Vabadussoja_Ajaloo_Komitee, lk 69
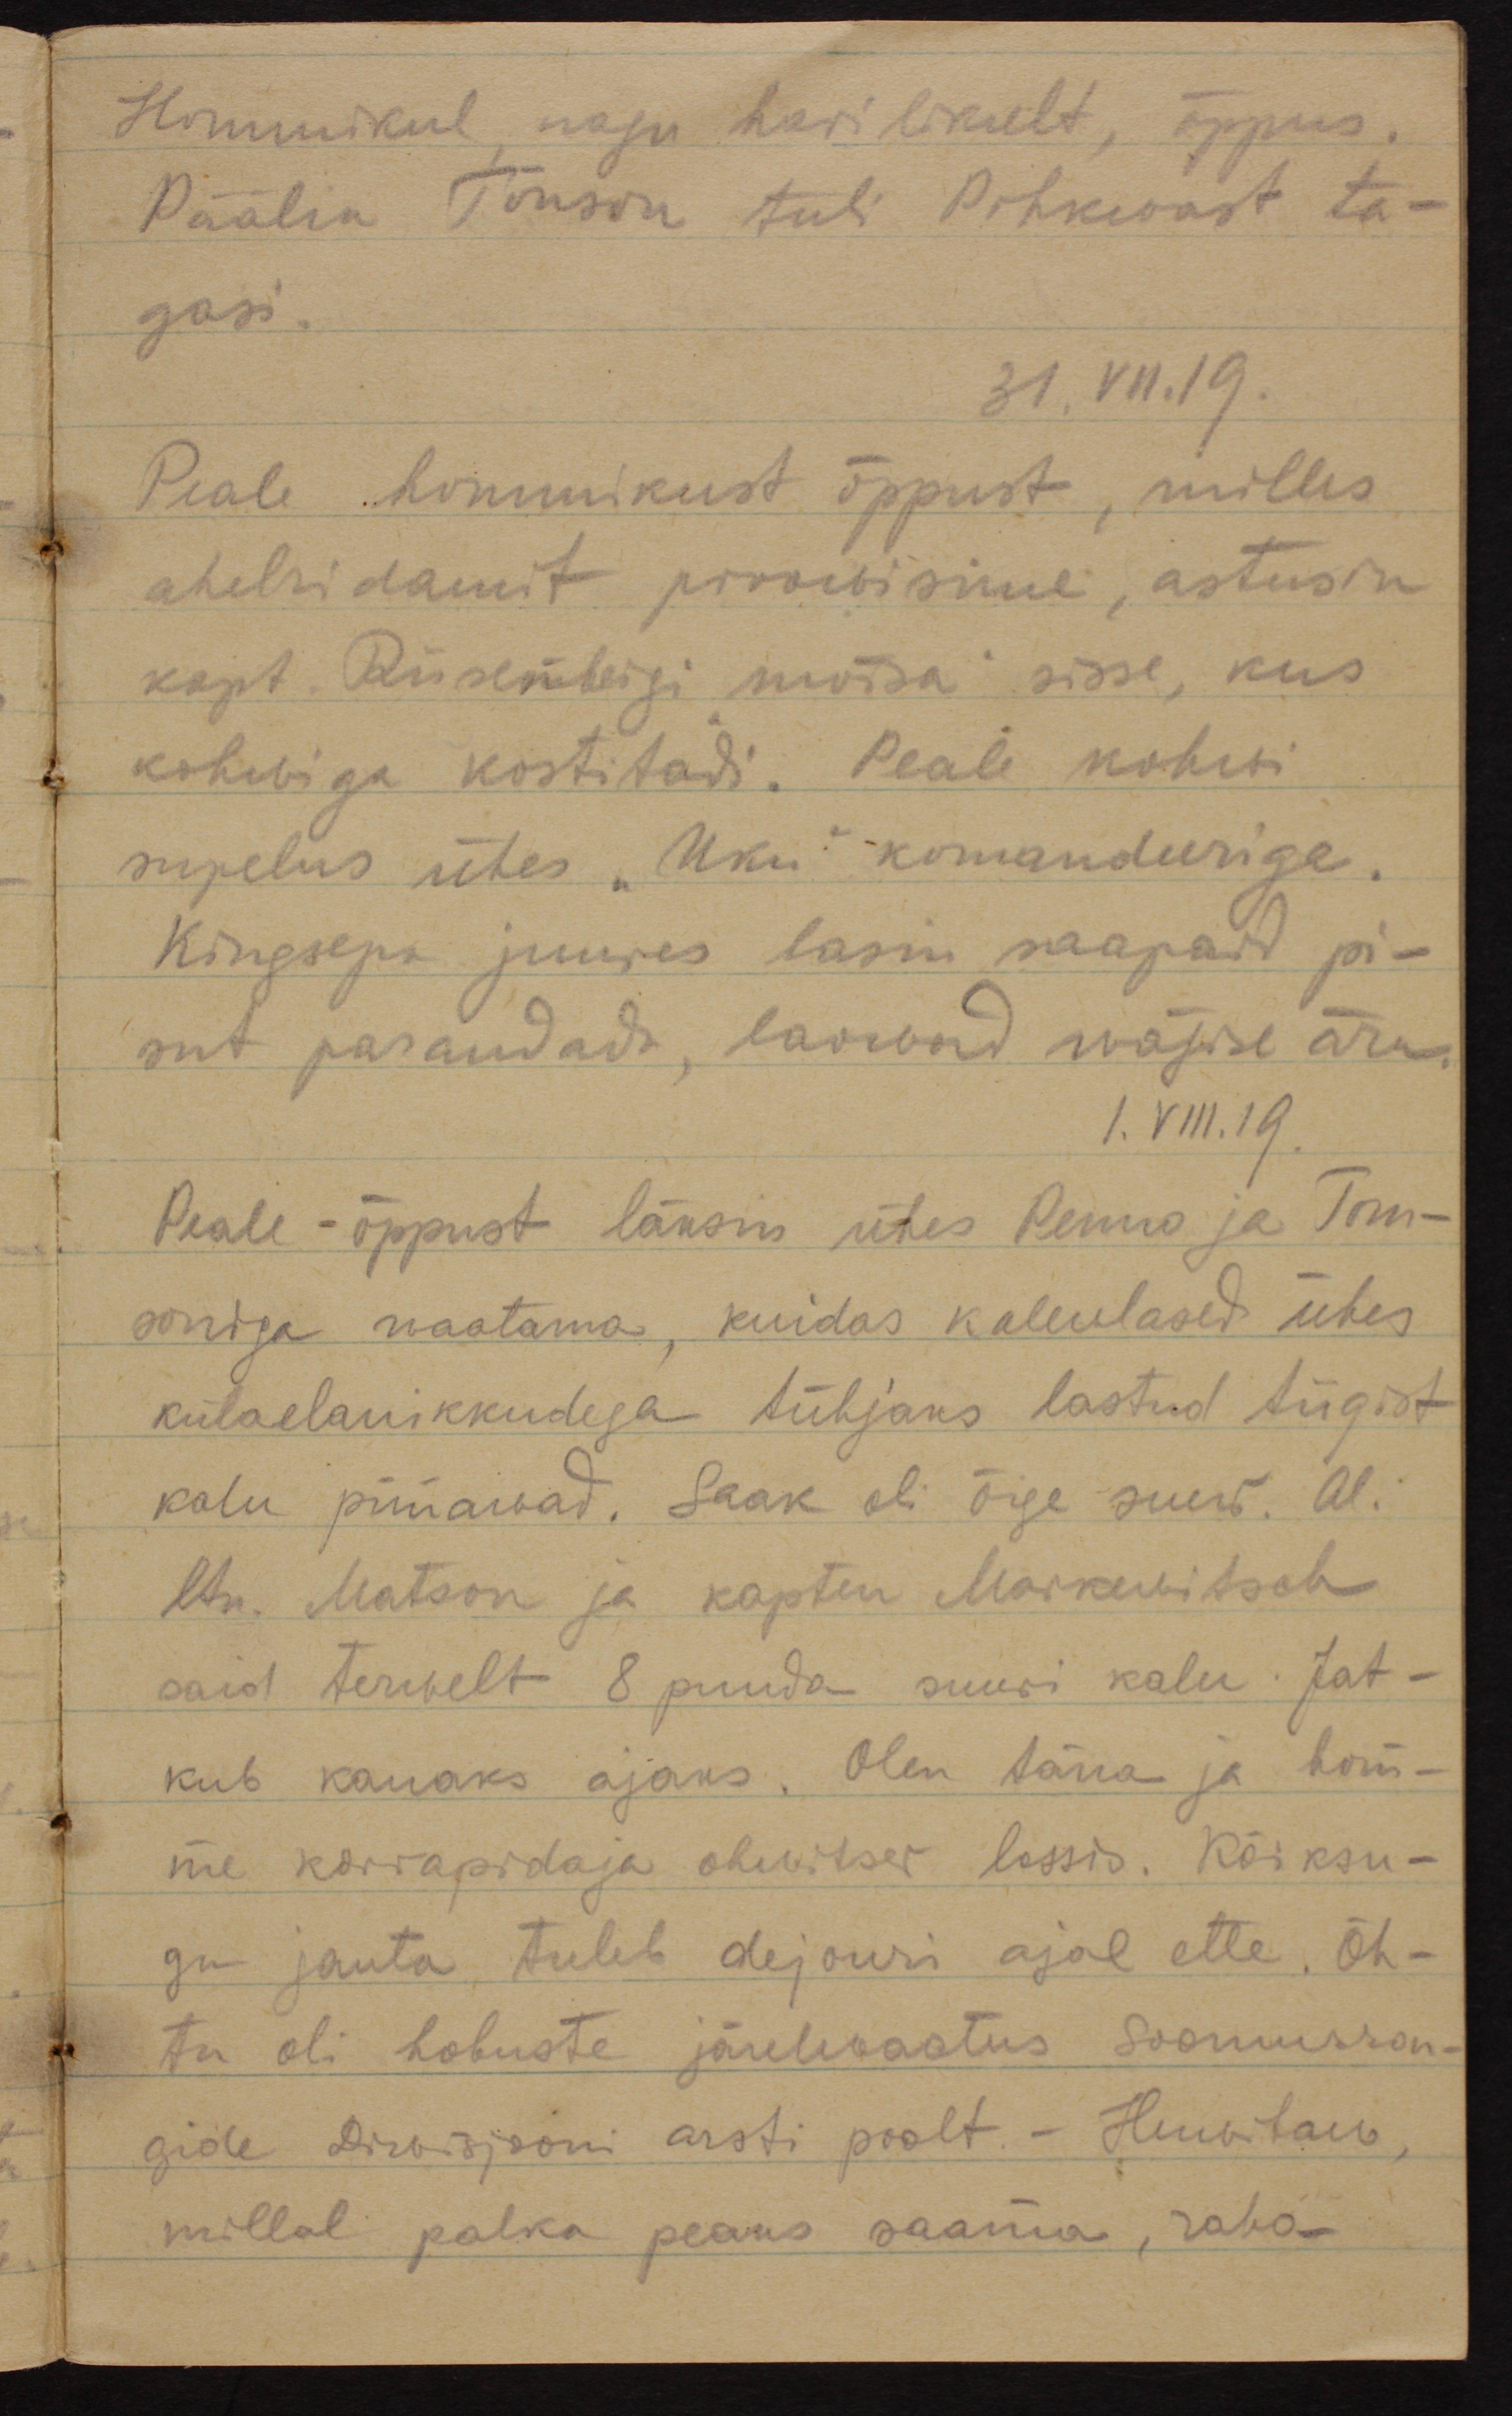
Hommikul, nagu harilikult, õppus.
Päälik Tõnson tuli Pihkwast ta-
gasi.
31.VII.19.
Peale hommikust õppust, milles
ahelridamit proowisime, astusin
kapt. Riisenbergi mõisa sisse, kus
kohwiga kostitati. Peale kohwi
supelus ühes "Uku" komanduriga.
Kingsepa juures lasin saapad pi-
sut parandada, laowad nöpse ära.
1.VIII.19.
Peale - õppust läksin ühes Penno ja Tom-
soniga waatama, kuidas kalewlased ühes
külaelanikkudega tühjaks lastud tiigist
kalu püüawad. Saak oli õige suur. Al.
ltn. Matson ja kapten Markwitsch
said terwelt 8 puuda suuri kalu. Jat-
kub kauaks ajaks. Olen täna ja hom-
me korrapidaja ohwitser lossis. Kõiksu-
gu janta tuleb dejouri ajal ette. Õh-
tu oli hobuste järelwaatus Soomusron-
gide Diwisjoni arsti poolt. - Huwitaw,
millal palka peaks saama, raha